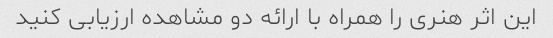
این اثر هنری را همراه با ارائه دو مشاهده ارزیابی کنید